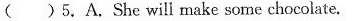
( )5.A.She will make some chocolate.